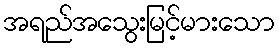
အရည်အသွေးမြင့်မားသော